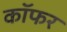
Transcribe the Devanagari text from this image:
कॉफर